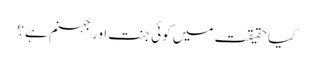
کیا حقیقت میں کوئی جنت اور جہنم ہے؟